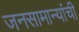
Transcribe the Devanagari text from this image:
जनसामान्यांची